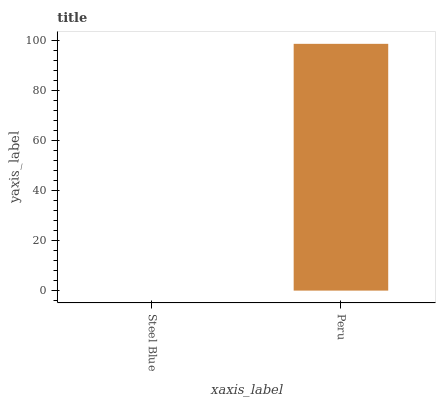
| xaxis_label | bars |
 | --- | --- |
 | Steel Blue | 0 |
 | Peru | 98.7 |